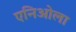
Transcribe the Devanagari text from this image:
एनिओला